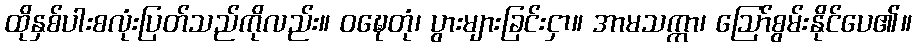
ထိုနှစ်ပါးစလုံးပြတ်သည်ကိုလည်း။ ဝဍ္ဎေတုံ၊ ပွားများခြင်းငှာ။ အာမသက္ကာ၊ ဩော်စွမ်းနိုင်ပေ၏။